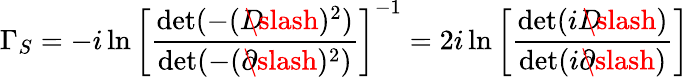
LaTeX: \Gamma_{S}=-i\ln\left[{\frac{\operatorname*{det}(-(D\! \! \! \! \slash)^{2})}{\operatorname*{det}(-(\partial\! \! \! \slash)^{2})}}\right]^{-1}=2i\ln\left[{\frac{\operatorname*{det}(iD\! \! \! \! \slash)}{\operatorname*{det}(i\partial\! \! \! \slash)}}\right]